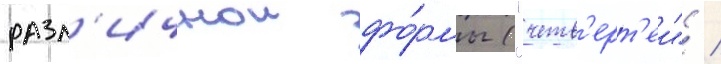
разл'ичнои фо́рмы ("четв'ерт'еи" /